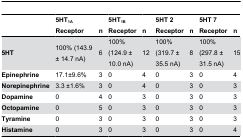
<table><thead><tr><td></td><td><b>5HT<sub>1A</sub> Receptor</b></td><td><b>n</b></td><td><b>5HT<sub>1B</sub> Receptor</b></td><td><b>n</b></td><td><b>5HT 2 Receptor</b></td><td><b>n</b></td><td><b>5HT 7 Receptor</b></td><td><b>n</b></td></tr></thead><tbody><tr><td><b>5HT</b></td><td>100% (143.9 ± 14.7 nA)</td><td>6</td><td>100% (124.9 ± 10.0 nA)</td><td>12</td><td>100% (319.7 ± 35.5 nA)</td><td>8</td><td>100% (297.8 ± 31.5 nA)</td><td>15</td></tr><tr><td><b>Epinephrine</b></td><td>17.1±9.6%</td><td>3</td><td>0</td><td>4</td><td>0</td><td>3</td><td>0</td><td>4</td></tr><tr><td><b>Norepinephrine</b></td><td>3.3 ±1.6%</td><td>3</td><td>0</td><td>4</td><td>0</td><td>3</td><td>0</td><td>3</td></tr><tr><td><b>Dopamine</b></td><td>0</td><td>4</td><td>0</td><td>3</td><td>0</td><td>3</td><td>0</td><td>3</td></tr><tr><td><b>Octopamine</b></td><td>0</td><td>5</td><td>0</td><td>3</td><td>0</td><td>3</td><td>0</td><td>3</td></tr><tr><td><b>Tyramine</b></td><td>0</td><td>3</td><td>0</td><td>3</td><td>0</td><td>3</td><td>0</td><td>3</td></tr><tr><td><b>Histamine</b></td><td>0</td><td>3</td><td>0</td><td>3</td><td>0</td><td>3</td><td>0</td><td>4</td></tr></tbody></table>